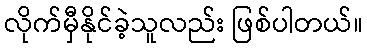
လိုက်မှီနိုင်ခဲ့သူလည်း ဖြစ်ပါတယ်။